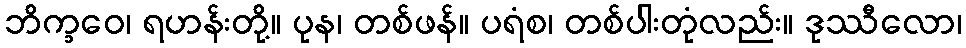
ဘိက္ခဝေ၊ ရဟန်းတို့။ ပုန၊ တစ်ဖန်။ ပရံစ၊ တစ်ပါးတုံလည်း။ ဒုဿီလော၊